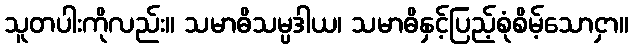
သူတပါးကိုလည်း။ သမာဓိသမ္ပဒါယ၊ သမာဓိနှင့်ပြည့်စုံစိမ့်သောငှာ။